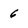
Character: 6